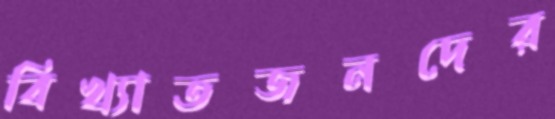
বিখ্যাতজনদের